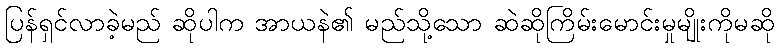
ပြန်ရှင်လာခဲ့မည် ဆိုပါက အာယနဲ၏ မည်သို့သော ဆဲဆိုကြိမ်းမောင်းမှုမျိုးကိုမဆို